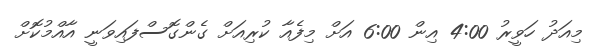
މިއަދު ހަވީރު 4:00 އިން 6:00 އަށް މިފެއާ ކުރިއަށް ގެންގޮސްފައިވަނީ އާއްމުކޮށް